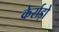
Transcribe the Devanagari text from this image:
केर्राड़ो